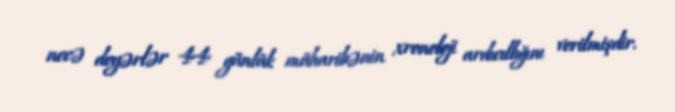
necə deyərlər 44 günlük müharibənin xronoloji ardıcıllığını verilmişdir.